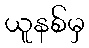
ယူနစ်မှ